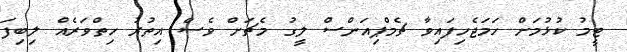
ޓީމު ކުޅުމަށް ހަމަޖެހިފައިވާ ޗެމްޕިއަންސް ލީގު މެޗަށް ވެސް އިތުރު ހިތްވަރެއް ލިބިފަ